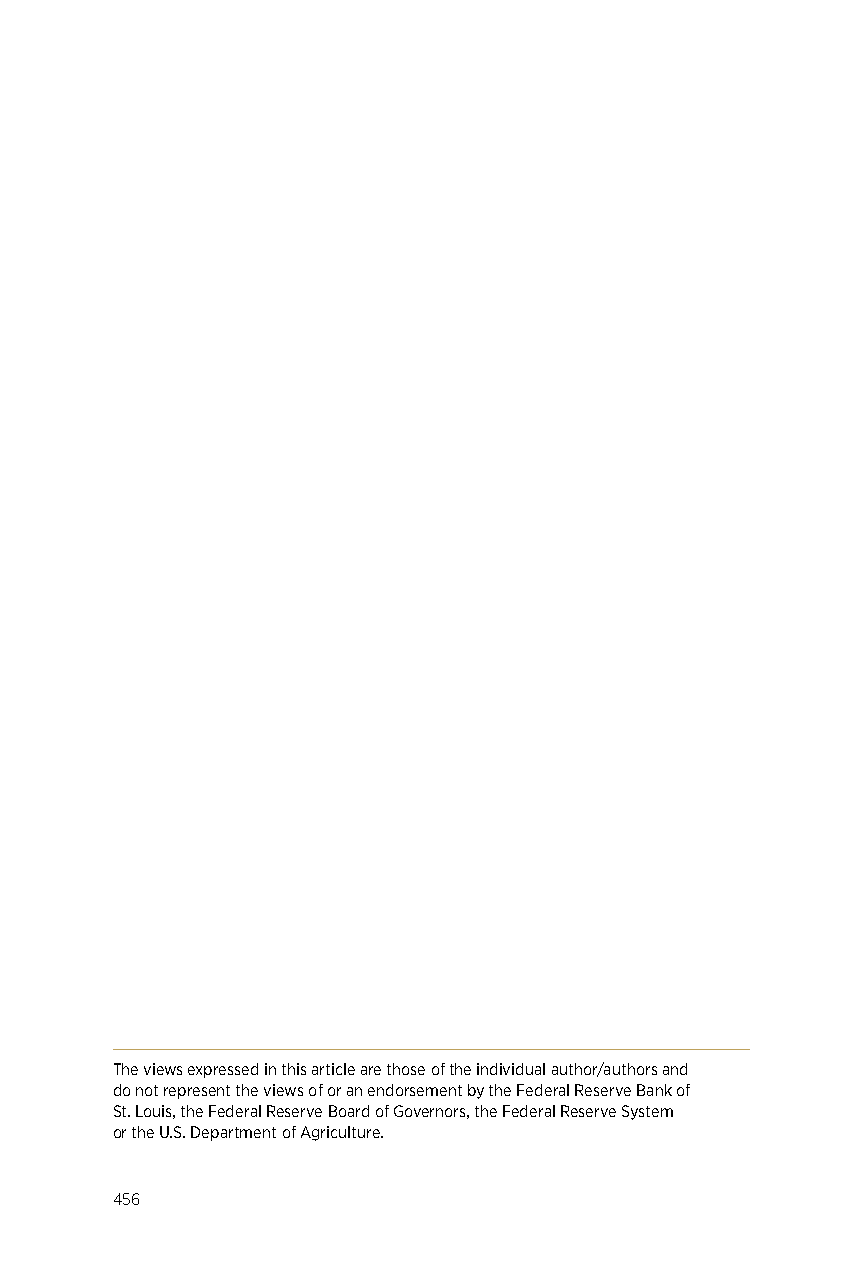
The views expressed in this article are those of the individual author/authors and
 do not represent the views of or an endorsement by the Federal Reserve Bank of
 St. Louis, the Federal Reserve Board of Governors, the Federal Reserve System
 or the U.S. Department of Agriculture.
 456